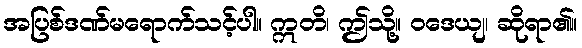
အပြစ်ဒဏ်မရောက်သင့်ပါ။ ဣတိ၊ ဤသို့။ ဝဒေယျ၊ ဆိုရာ၏။